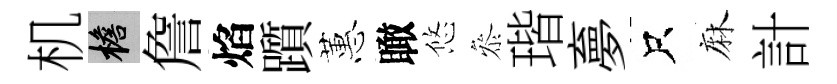
机檐詹焰躓蕙瞰悠叅瑎夣只麻計